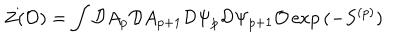
Z ( { \cal O } ) = \int { \cal D } A _ { p } { \cal D } A _ { p + 1 } { \cal D } \Psi _ { p } { \cal D } \Psi _ { p + 1 } { \cal O } \exp { ( - S ^ { ( p ) } ) }